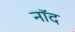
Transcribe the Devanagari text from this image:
नॉद